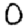
Digit: 0